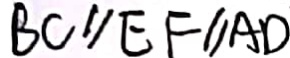
B C / / E F / / A D